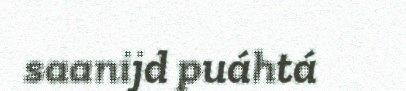
saanijd puáhtá